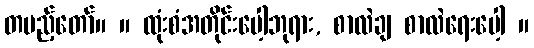
တပည့်တော်။ ။ ထုံးစံအတိုင်းပေါ့ဘုရား, စာလဲချ စာလဲရေးပေါ့ ။